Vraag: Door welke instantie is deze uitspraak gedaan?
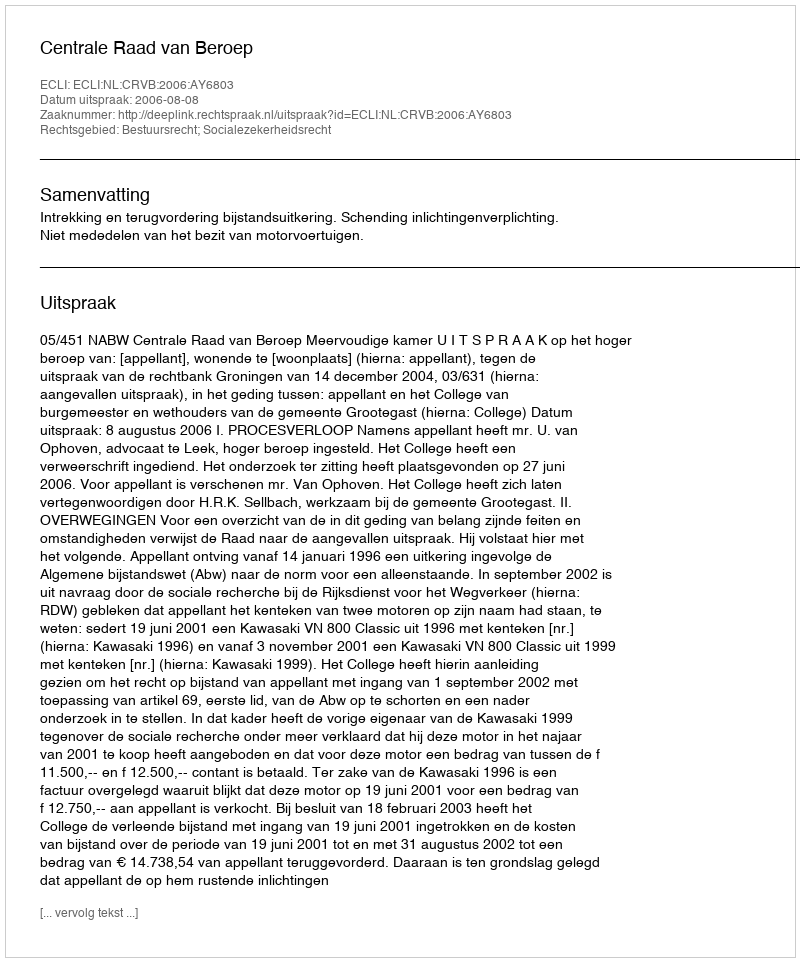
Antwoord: Centrale Raad van Beroep